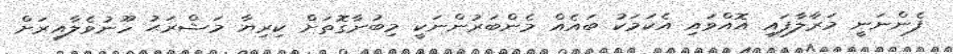
ފެންނަނީ މަރާލާފައި އޮއްވައި އެކަމަކު ބައެއް މެންބަރުންނަކީ މިބުނާގޮތަށް ކިރިޔާ މަޝްރަޙު ހޫނުވެލާއިރަށް